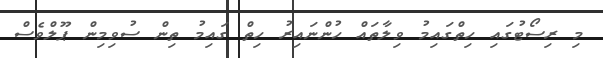
މި ރިސޯޓުގައި ހިތްގައިމު ވިލާތައް ހުންނައިރު ހިތް ގައިމު ތިން ސުވިމިން ޕޫލްވެސް